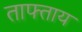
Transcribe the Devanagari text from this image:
ताफ्ताय